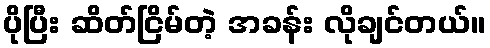
ပိုပြီး ဆိတ်ငြိမ်တဲ့ အခန်း လိုချင်တယ်။